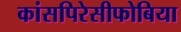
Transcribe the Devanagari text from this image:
कांसपिरेसीफोबिया